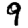
Digit: 9